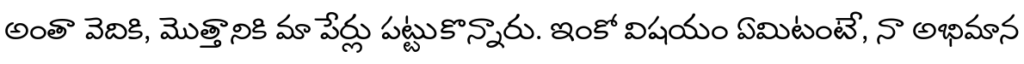
అంతా వెదికి, మొత్తానికి మా పేర్లు పట్టుకొన్నారు. ఇంకో విషయం ఏమిటంటే, నా అభిమాన